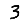
Digit: 3